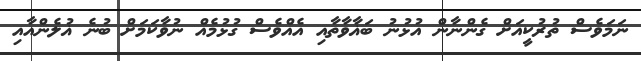
ނަމަވެސް ތުރުކީއަށް ގެންނާން އުޅުނު ބަޣާވާތާއި އެއްވެސް ގުޅުމެއް ނުވާކަމަށް ބުނެ ޣުލެންއާއި